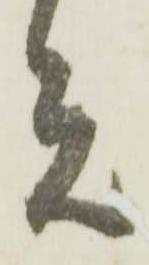
元